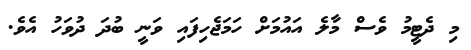
މި ދެޓީމު ވެސް މާލެ އައުމަށް ހަމަޖެހިފައި ވަނީ ބުދަ ދުވަހު އެވެ.